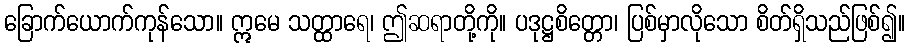
ခြောက်ယောက်ကုန်သော။ ဣမေ သတ္ထာရေ၊ ဤဆရာတို့ကို။ ပဒုဋ္ဌစိတ္တော၊ ပြစ်မှာလိုသော စိတ်ရှိသည်ဖြစ်၍။